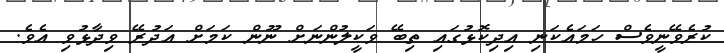
ކުރެވޭނީވެސް ހަމައެކަނި އިދިކޮޅުގައި ތިބޭ ވަކީލުންނަށް ނޫން ކަމަށް އަދުރޭ ވިދާޅުވި އެވެ.